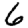
Digit: 6